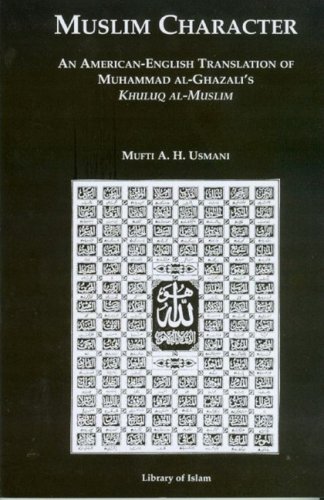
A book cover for Muslim Character: An American-English Translation of Muhammad al-Ghazali's Khuluq al-Muslim; Muhammad al-Ghazzali; Religion & Spirituality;